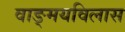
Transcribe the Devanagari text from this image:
वाङ्‌मयविलास